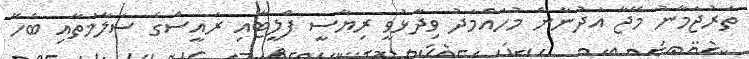
ތަރުޖަމާނު މޭޖާ އަދުނާން މުހައްމަދު ވިދާޅުވީ ރިޔާސީ ފްލީޓާއި ރައީސްގެ ސަލާމަތާއި ބެހޭ